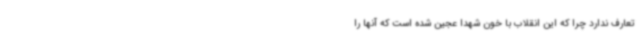
تعارف ندارد چرا که این انقلاب با خون شهدا عجین شده است که آنها را